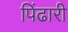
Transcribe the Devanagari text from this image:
पिंढारी